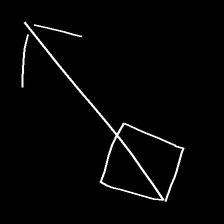
Glyph: focus